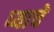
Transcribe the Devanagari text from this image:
प्याचे